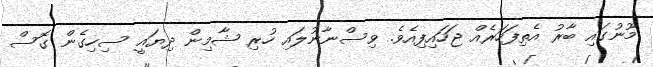
މޫނުގައި ބާރު އެތިފަހަރެއް ޖަހައިފިއެވެ. ވިސްނާނުލައި ހުރި ޝާމިން ދިޔައީ ސިހިގެން ގޮސް